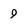
Character: 9